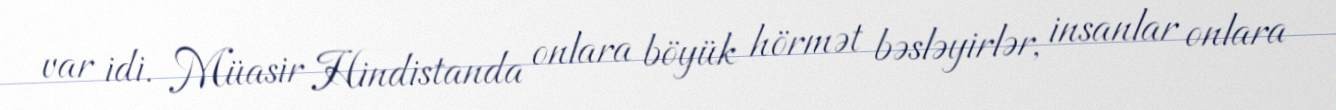
var idi. Müasir Hindistanda onlara böyük hörmət bəsləyirlər, insanlar onlara